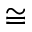
\cong